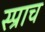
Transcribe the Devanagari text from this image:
स्प्राच